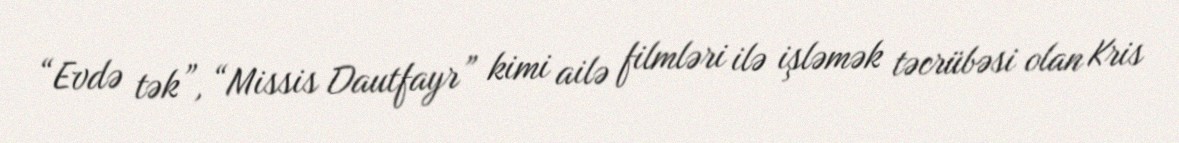
“Evdə tək”, “Missis Dautfayr” kimi ailə filmləri ilə işləmək təcrübəsi olan Kris